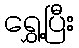
ရွှေ့ပြီး